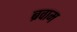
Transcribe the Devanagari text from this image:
ब्रवाम